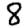
Digit: 8